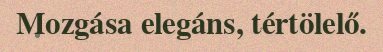
Mozgása elegáns, tértölelő.